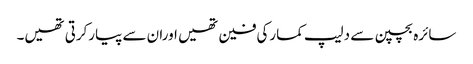
سائرہ بچپن سے دلیپ کمارکی فین تھیں اوران سے پیارکرتی تھیں۔